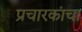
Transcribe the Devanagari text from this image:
प्रचारकांचा